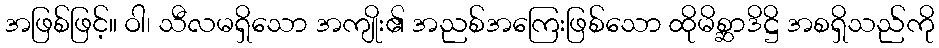
အဖြစ်ဖြင့်။ ဝါ၊ သီလမရှိသော အကျိုး၏ အညစ်အကြေးဖြစ်သော ထိုမိစ္ဆာဒိဋ္ဌိ အစရှိသည်ကို